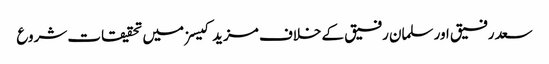
سعد رفیق اور سلمان رفیق کے خلاف مزید کیسز میں تحقیقات شروع